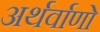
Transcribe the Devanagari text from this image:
अर्थर्वाणो